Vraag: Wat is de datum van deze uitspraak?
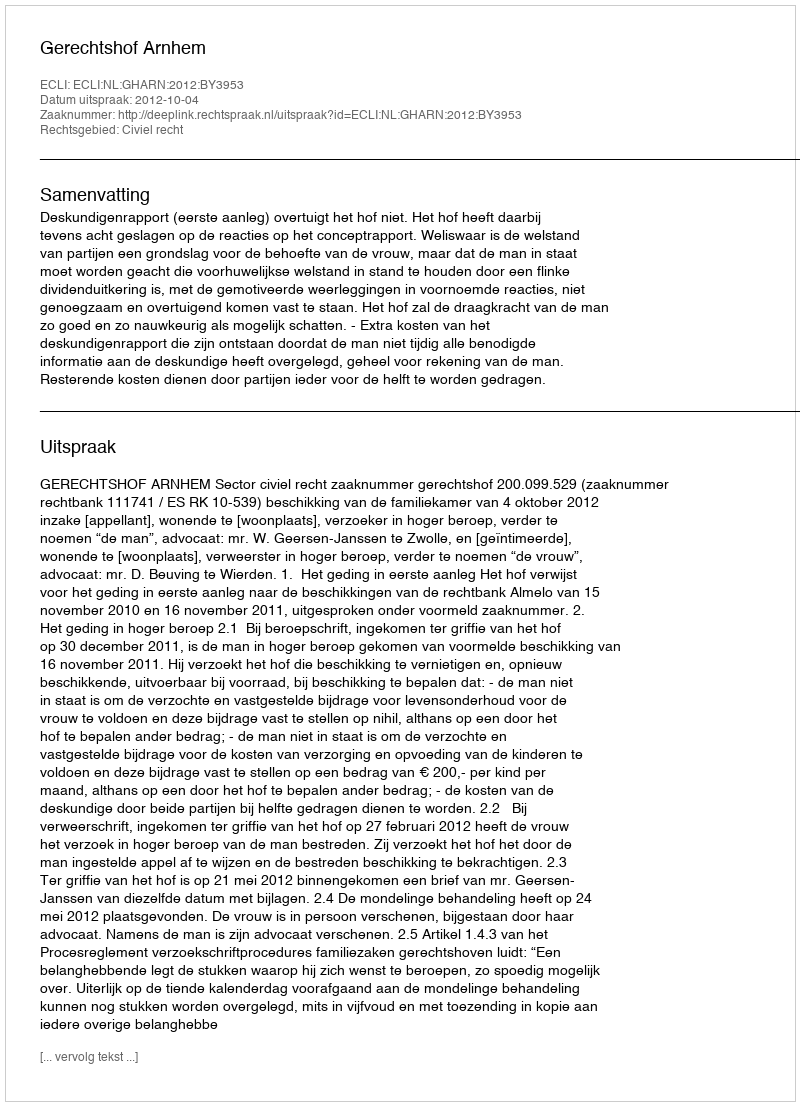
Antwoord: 2012-10-04